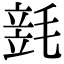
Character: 𣯓